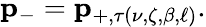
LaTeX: \mathbf{p}_{-}=\mathbf{p}_{+,\tau\left(\nu,\zeta,\beta,\ell\right)}.